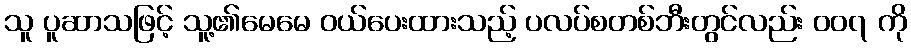
သူ ပူဆာသဖြင့် သူ့၏မေမေ ဝယ်ပေးထားသည့် ပလပ်စတစ်ဘီးတွင်လည်း ၀၀၇ ကို